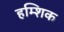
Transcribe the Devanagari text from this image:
हम्शिक